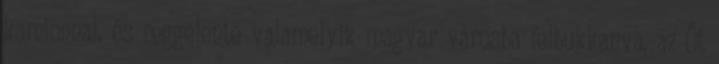
kamionnal, és reggelente valamelyik magyar városba felbukkanva, az Őt